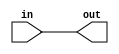
`timescale 1ns / 1ps
//////////////////////////////////////////////////////////////////////////////////
// Company: 
// Engineer: 
// 
// Design Name: 
// Module Name: Mov
// Project Name: 
// Target Devices: 
// Tool Versions: 
// Description: 
// 
// Dependencies: 
// 
// Revision:
// Revision 0.01 - File Created
// Additional Comments:
// 
//////////////////////////////////////////////////////////////////////////////////


module Mov(out, in);

    parameter n = 32;
    output [n - 1 : 0] out;
    input [n - 1 : 0] in;

    genvar i;
    
    generate for (i = 0; i < n; i = i + 1) begin
        and movblk(out[i], in[i], in[i]);
    end
    endgenerate

endmodule